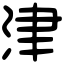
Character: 津